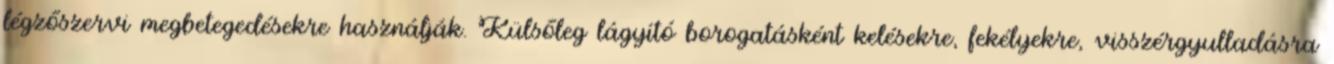
légzőszervi megbetegedésekre használják. Külsőleg lágyító borogatásként kelésekre, fekélyekre, visszérgyulladásra